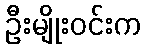
ဦးမျိုးဝင်းက